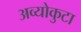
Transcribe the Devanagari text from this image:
अव्योकुटा